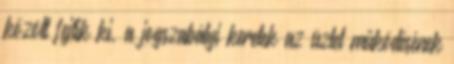
között fejtik ki, a jogszabályi keretek az üzlet működésének